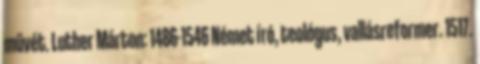
művét. Luther Márton: 1486-1546 Német író, teológus, vallásreformer. 1517.